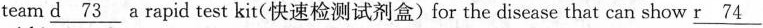
team \underine{d 73} a rapid test kit(快速检测试剂盒)for the disease that can show \underline{r 74}